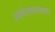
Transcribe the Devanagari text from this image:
अमरेंद्रनाथांच्या